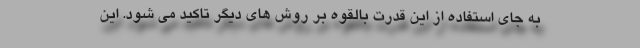
به جای استفاده از این قدرت بالقوه بر روش های دیگر تاکید می شود. این